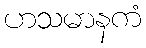
ဟသမာနကံ